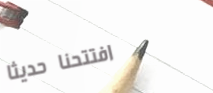
افتتحنا حديثاً